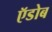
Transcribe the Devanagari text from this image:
ऍडोब